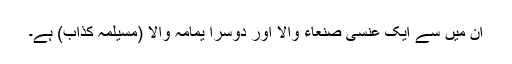
ان میں سے ایک عنسی صنعاء والا اور دوسرا یمامہ والا (مسیلمہ کذاب) ہے۔